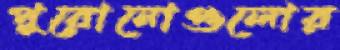
পুরোনোগুলোর